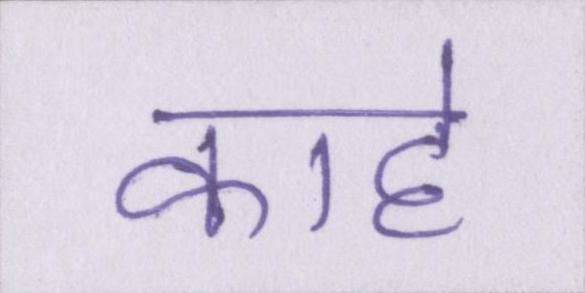
काहे